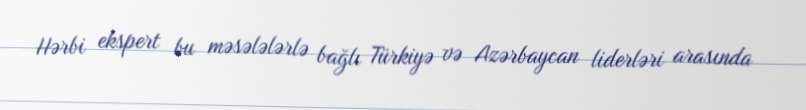
Hərbi ekspert bu məsələlərlə bağlı Türkiyə və Azərbaycan liderləri arasında